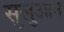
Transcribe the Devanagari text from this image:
सुलुआन